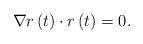
LaTeX: \begin{align*}\nabla r\left( t\right) \cdot r\left( t\right) =0.\end{align*}